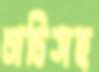
চাচিসহ